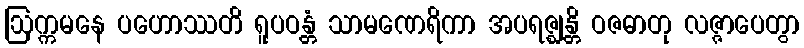
ဩက္ကမနေ ပဟောဿတိ ရူပဝန္တံ သာမဏေရိကာ အပရဇ္ဈန္တိ ဝဇဓာတု လဇ္ဇာပေတွာ